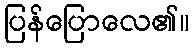
ပြန်ပြောလေ၏။